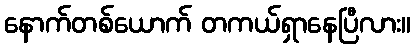
နောက်တစ်ယောက် တကယ်ရှာနေပြီလား။